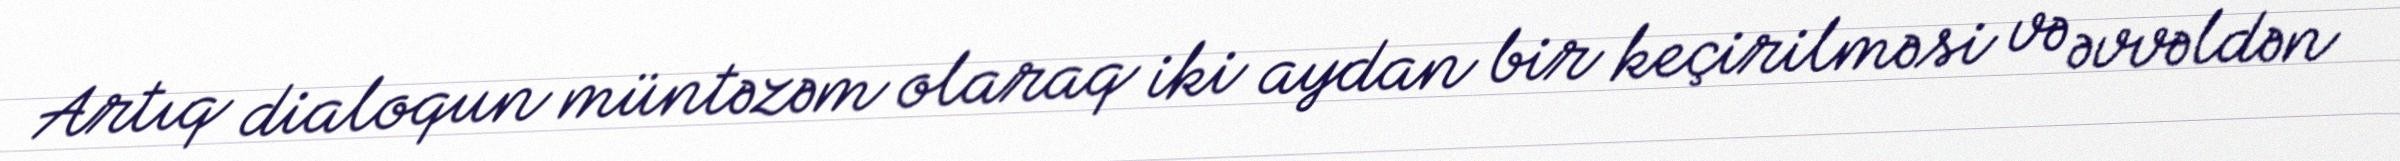
Artıq dialoqun müntəzəm olaraq iki aydan bir keçirilməsi və əvvəldən